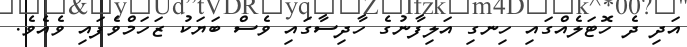
އަދި ދެ ހޮޓަލެއްގައި ހިނގި އަލިފާނުގެ ހާދިސާގައި ވެސް ބަޔަކު ޒަހަމްވެފައި ވެއެވެ.